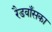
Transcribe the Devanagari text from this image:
रैडवाँसका